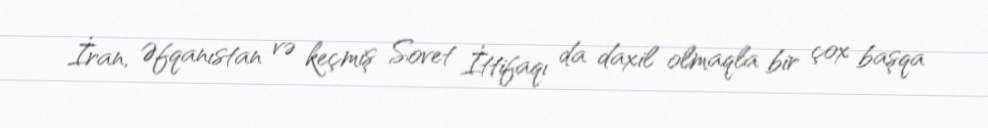
İran, Əfqanıstan və keçmiş Sovet İttifaqı da daxil olmaqla bir çox başqa